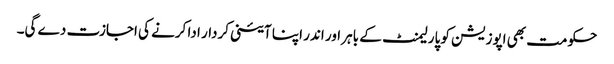
حکومت بھی اپوزیشن کو پارلیمنٹ کے باہر اور اندر اپنا آئینی کردار ادا کرنے کی اجازت دے گی۔